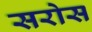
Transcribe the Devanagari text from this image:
सरोस